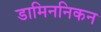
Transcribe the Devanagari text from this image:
डामिननिकन